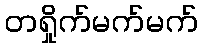
တရှိုက်မက်မက်